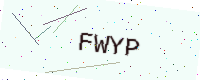
Text: FWYP